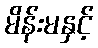
မိန်းမနှင့်